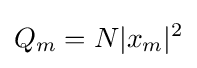
Q_{m}=N|x_{m}|^{2}